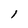
Character: l